Vital statistics of India. Vol. IV, Annual returns from 1871 to 1876. British Army of India, Native Army and jails of Bengal
Year: 1871
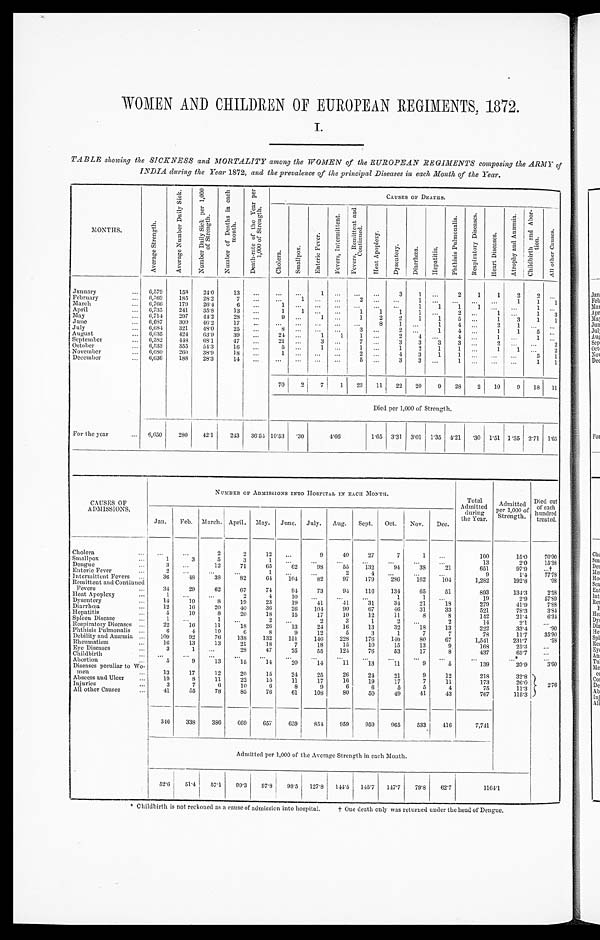
WOMEN AND CHILDREN OF EUROPEAN REGIMENTS, 1872.
I.
TABLE showing the SICKNESS and MORTALITY among the WOMEN of the EUROPEAN REGIMENTS composing the ARMY of
INDIA during the Year 1872, and the prevalence of the principal Diseases in each Month of the Year.
MONTHS.
A v e r a g e S t r e n g t h .
A v e r a g e N u m b e r D a i l y S i c k .
N u m b e r D a i l y S i c k p e r 1 , 0 0 0 o f S t r e n g t h .
N u m b e r o f D e a t h s i n e a c h m o n t h .
D e a t h - r a t e o f t h e Y e a r p e r 1 , 0 0 0 o f S t r e n g t h .
CAUSES OF DEATHS.
C h o l e r a .
S m a l l p o x .
E n t e r i c F e v e r .
F e v e r s , I n t e r m i t t e n t .
F e v e r s , R e m i t t e n t a n d C o n t i n u e d .
H e a t A p o p l e x y .
D y s e n t e r y .
D i a r r h œ a .
H e p a t i t i s .
P h t h i s i s P u l m o n a l i s . R e s p i r a t o r y D i s e a s e s .
H e a r t D i s e a s e s .
A t r o p h y a n d A n æ m i a .
C h i l d b i r t h a n d A b o r t i o n .
A l l o t h e r C a u s e s .
January
6,579
158
24.0
13
...
...
...
1
. . . . . . ...
3
1 ...
2
1
1
2
2
. . .
February
6 , 5 6 9
185
28.2
7
. . .
. . .
1
. . .
. . . 2 ...
. . .
1
. . .
. . .
...
. . . 1
1
1
March
6,766
179
26.4
6
. . . 1
...
. . .
. . . . . . ...
. . .
1 1
1 1
. . .
. . .
1
. . .
April
6,735
241
35.8
13
...
1
1
. . .
. . . 1
1
1
1
. . .
2 ...
1
. . .
1
3
May
6,714
297
44.2
28
...
9 ...
1
. . . 1
2
2
1
1
5 ...
1
3
1
1
June
6,687
309
46.2
17
...
...
...
...
...
...
8
1
. . . 1
4 ...
2
1
. . .
. . .
July
6,684
321
48.0
25
...
8
...
. . .
. . . 3
. . . 2
. . . 1
4 ...
1
1
5
. . .
August
6,635
424
63.9
39
...
24 ...
1
1
1
. . . 2
4
. . .
4 ...
1
. . .
1
. . .
September
6,582
448
68.1
47
...
21 ...
3
. . .
7
. . .
3 3
3
3 ...
2
. . .
. . . 2
October
6 , 5 3 3
355
54.3
16
...
5
...
1
. . . 1
. . . 1
2
1
1 ...
1
1 ...
2
November
6,680
260
38.9
18
...
1 ...
. . .
. . .
2
. . . 4
3
1
1 ...
. . .
. . .
5
1
December
6,636
188
28.3
14
...
...
...
...
...
5 ...
3
3 ...
1 ...
. . .
. . .
1
1
70
2
7
1
23
11
22
20
9
28
2
10
9
18 11
Died per 1,000 of Strength.
For the year
6,650
2 8 0
42.1
243 36.54 10.53
. 3 0
4 . 6 6
1.65 3.31 3.01 1.35 4.21 .30 1.51 1.35 2.71 1 . 6 5
CAUSES OF
ADMISSIONS.
NUMBER OF ADMISSIONS INTO HOSPITAL IN EACH MONTH.
Tot a1 Admi t t ed
during
the Year.
Admitted
per 1,000 of
Strength.
Di ed out
of each
hundred treated.
Jan. Feb. March. April. May. June. July. Aug. Sept.
Oct.
Nov.
Dec.
Cholera
...
...
2
2
1 2
. . .
9
40
27
7
1
...
100
15.0
70.00
Smallpox
1
3
5
3
1
...
...
...
...
...
...
...
13
2.0
15. 38
Dengue
3
. . .
12
71
65
62
98
55
132
94
38
21
651
97.9
...†
Enteric Fever
2
. . . ...
...
1
...
...
2
4
. . . ...
...
9
1.4
77. 78
Intermittent Fevers
36
48
38
82
64
104
82
97
179
286
162
104
1,282
192.8
. 0 8
Remittent and Continued
Fevers
34
29
62
67
74
94
73
94
116
134
65
51
893
134.3
2. 58
Heat Apoplexy
1
...
...
2
4
10
...
...
...
1
1
. . .
19
2.9
57.89
Dysentery
14
10
8
19
23
19
41
41
31
34
21
18
279
41.9
7. 88
Diarrhœa
12
16
20
40
36
26
104
90
67
4 6
31
33
521
78.3
3. 84
Hepatitis
5
10
8
20
18
15
17
10
12
11
8
8
142
21.4
6. 34
Spleen Disease
1
...
1
. . .
2
. . .
2
3
1
2
. . .
2
14
2.1
...
Respiratory Diseases
22
16
11
18
26
13
24
16
13
32
18
13
222
33.4
.90
Phthisis Pulmonalis
6
4
10
6
8
9
12
5
3
1
7
7
78
11.7
35.90
Debility and Anæmia
109
92
76
138
132
151
146
228
176
146
80
67
1,541
231.7
.58
Rheumatism
16
13
13
21
18
7
18
15
10
15
13
9
168
25.3
...
Eye Diseases
3
1
...
28
47
25
55
124
76
53
17
8
437
65.7
...
Childbirth
...
...
...
. . .
. . .
. . .
. . .
...
...
. . . ...
...
...
. . . *
...
Abortion
5
9
13
15
14
20
14
11
13
11
9
5
139
20.9
3. 60
Diseases peculiar to Wo
men
13
17
12
20
15
24
25
26
24
21
9
12
218
32.8
2 . 7 6
Abscess and Ulcer
19
8
11
22
15
11
17
16
19
17
7
11
173
26.0
Injuries
3
7
6
10
6
8
9
6
6
5
5
4
75
11.3
All other Causes
41
55
78
85
76
61
108
80
50
49
41
43
767
115.3
346
338
386
669
657
659
854
959
959
965
533
416
7,741
Admitted per 1,000 of the Average Strength in each Month.
52.6
51.4
57.1
99.3
97.8
98.5 127.8 144.5
145.7 147.7
79.8 62.7
1164.1
* Childbirth is not reckoned as a cause of admission into hospital. † One death only was returned under the head of Dengue.